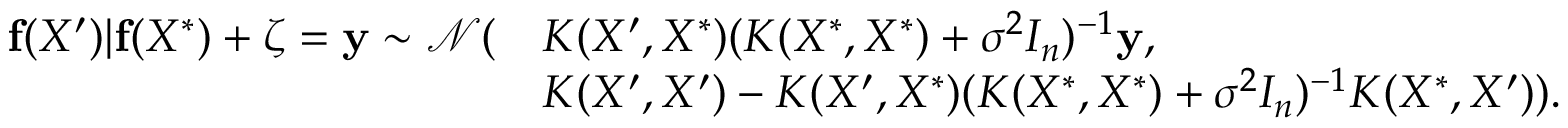
\begin{array} { r l } { \mathbf { f } ( X ^ { \prime } ) \vert \mathbf { f } ( X ^ { * } ) + \boldsymbol \zeta = \mathbf { y } \sim \mathcal { N } ( } & { K ( X ^ { \prime } , X ^ { * } ) ( K ( X ^ { * } , X ^ { * } ) + \sigma ^ { 2 } I _ { n } ) ^ { - 1 } \mathbf { y } , } \\ & { K ( X ^ { \prime } , X ^ { \prime } ) - K ( X ^ { \prime } , X ^ { * } ) ( K ( X ^ { * } , X ^ { * } ) + \sigma ^ { 2 } I _ { n } ) ^ { - 1 } K ( X ^ { * } , X ^ { \prime } ) ) . } \end{array}